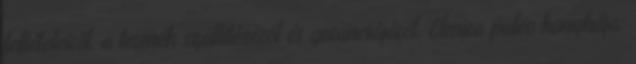
feltételeiről, a termék szállításáról és garanciájáról. Elmira paleo konyhája: